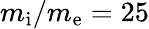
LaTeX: m_{\mathrm{i}}/m_{\mathrm{e}}=25